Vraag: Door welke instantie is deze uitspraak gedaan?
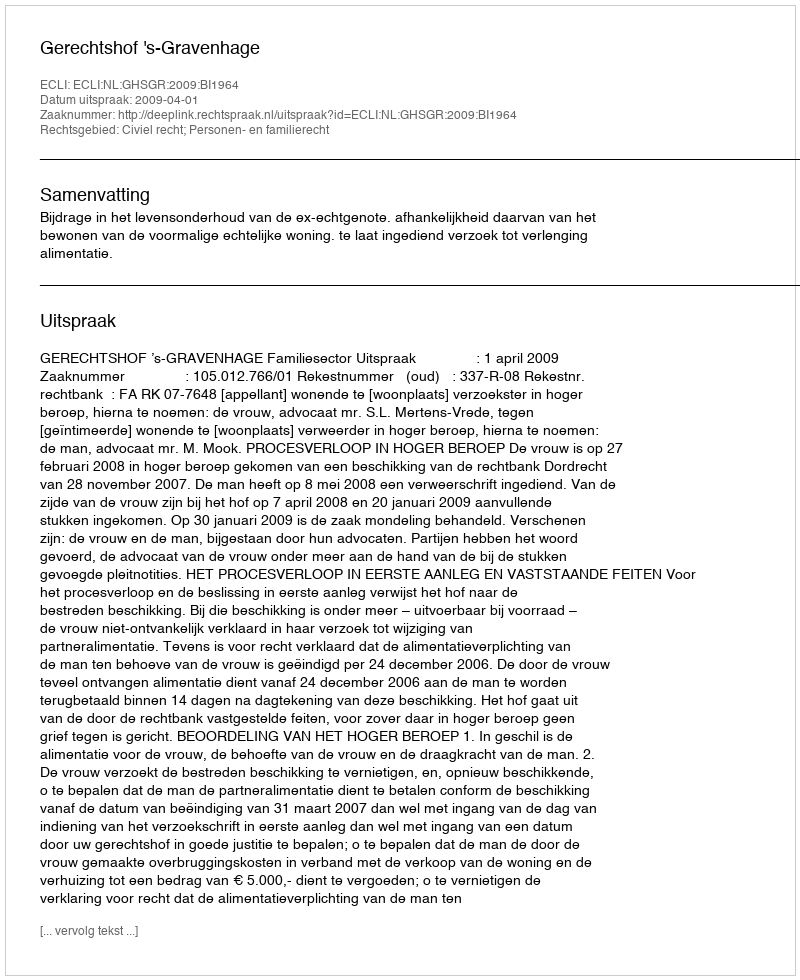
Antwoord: Gerechtshof 's-Gravenhage